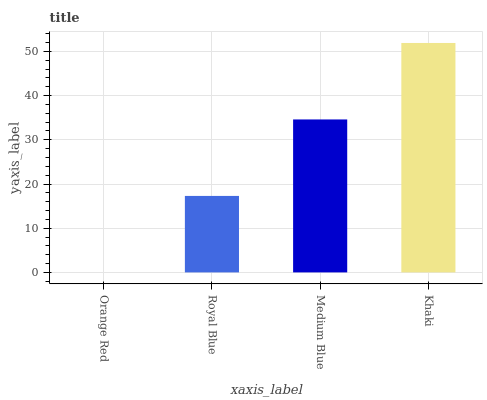
| xaxis_label | bars |
 | --- | --- |
 | Orange Red | 0 |
 | Royal Blue | 17.3 |
 | Medium Blue | 34.6 |
 | Khaki | 51.9 |